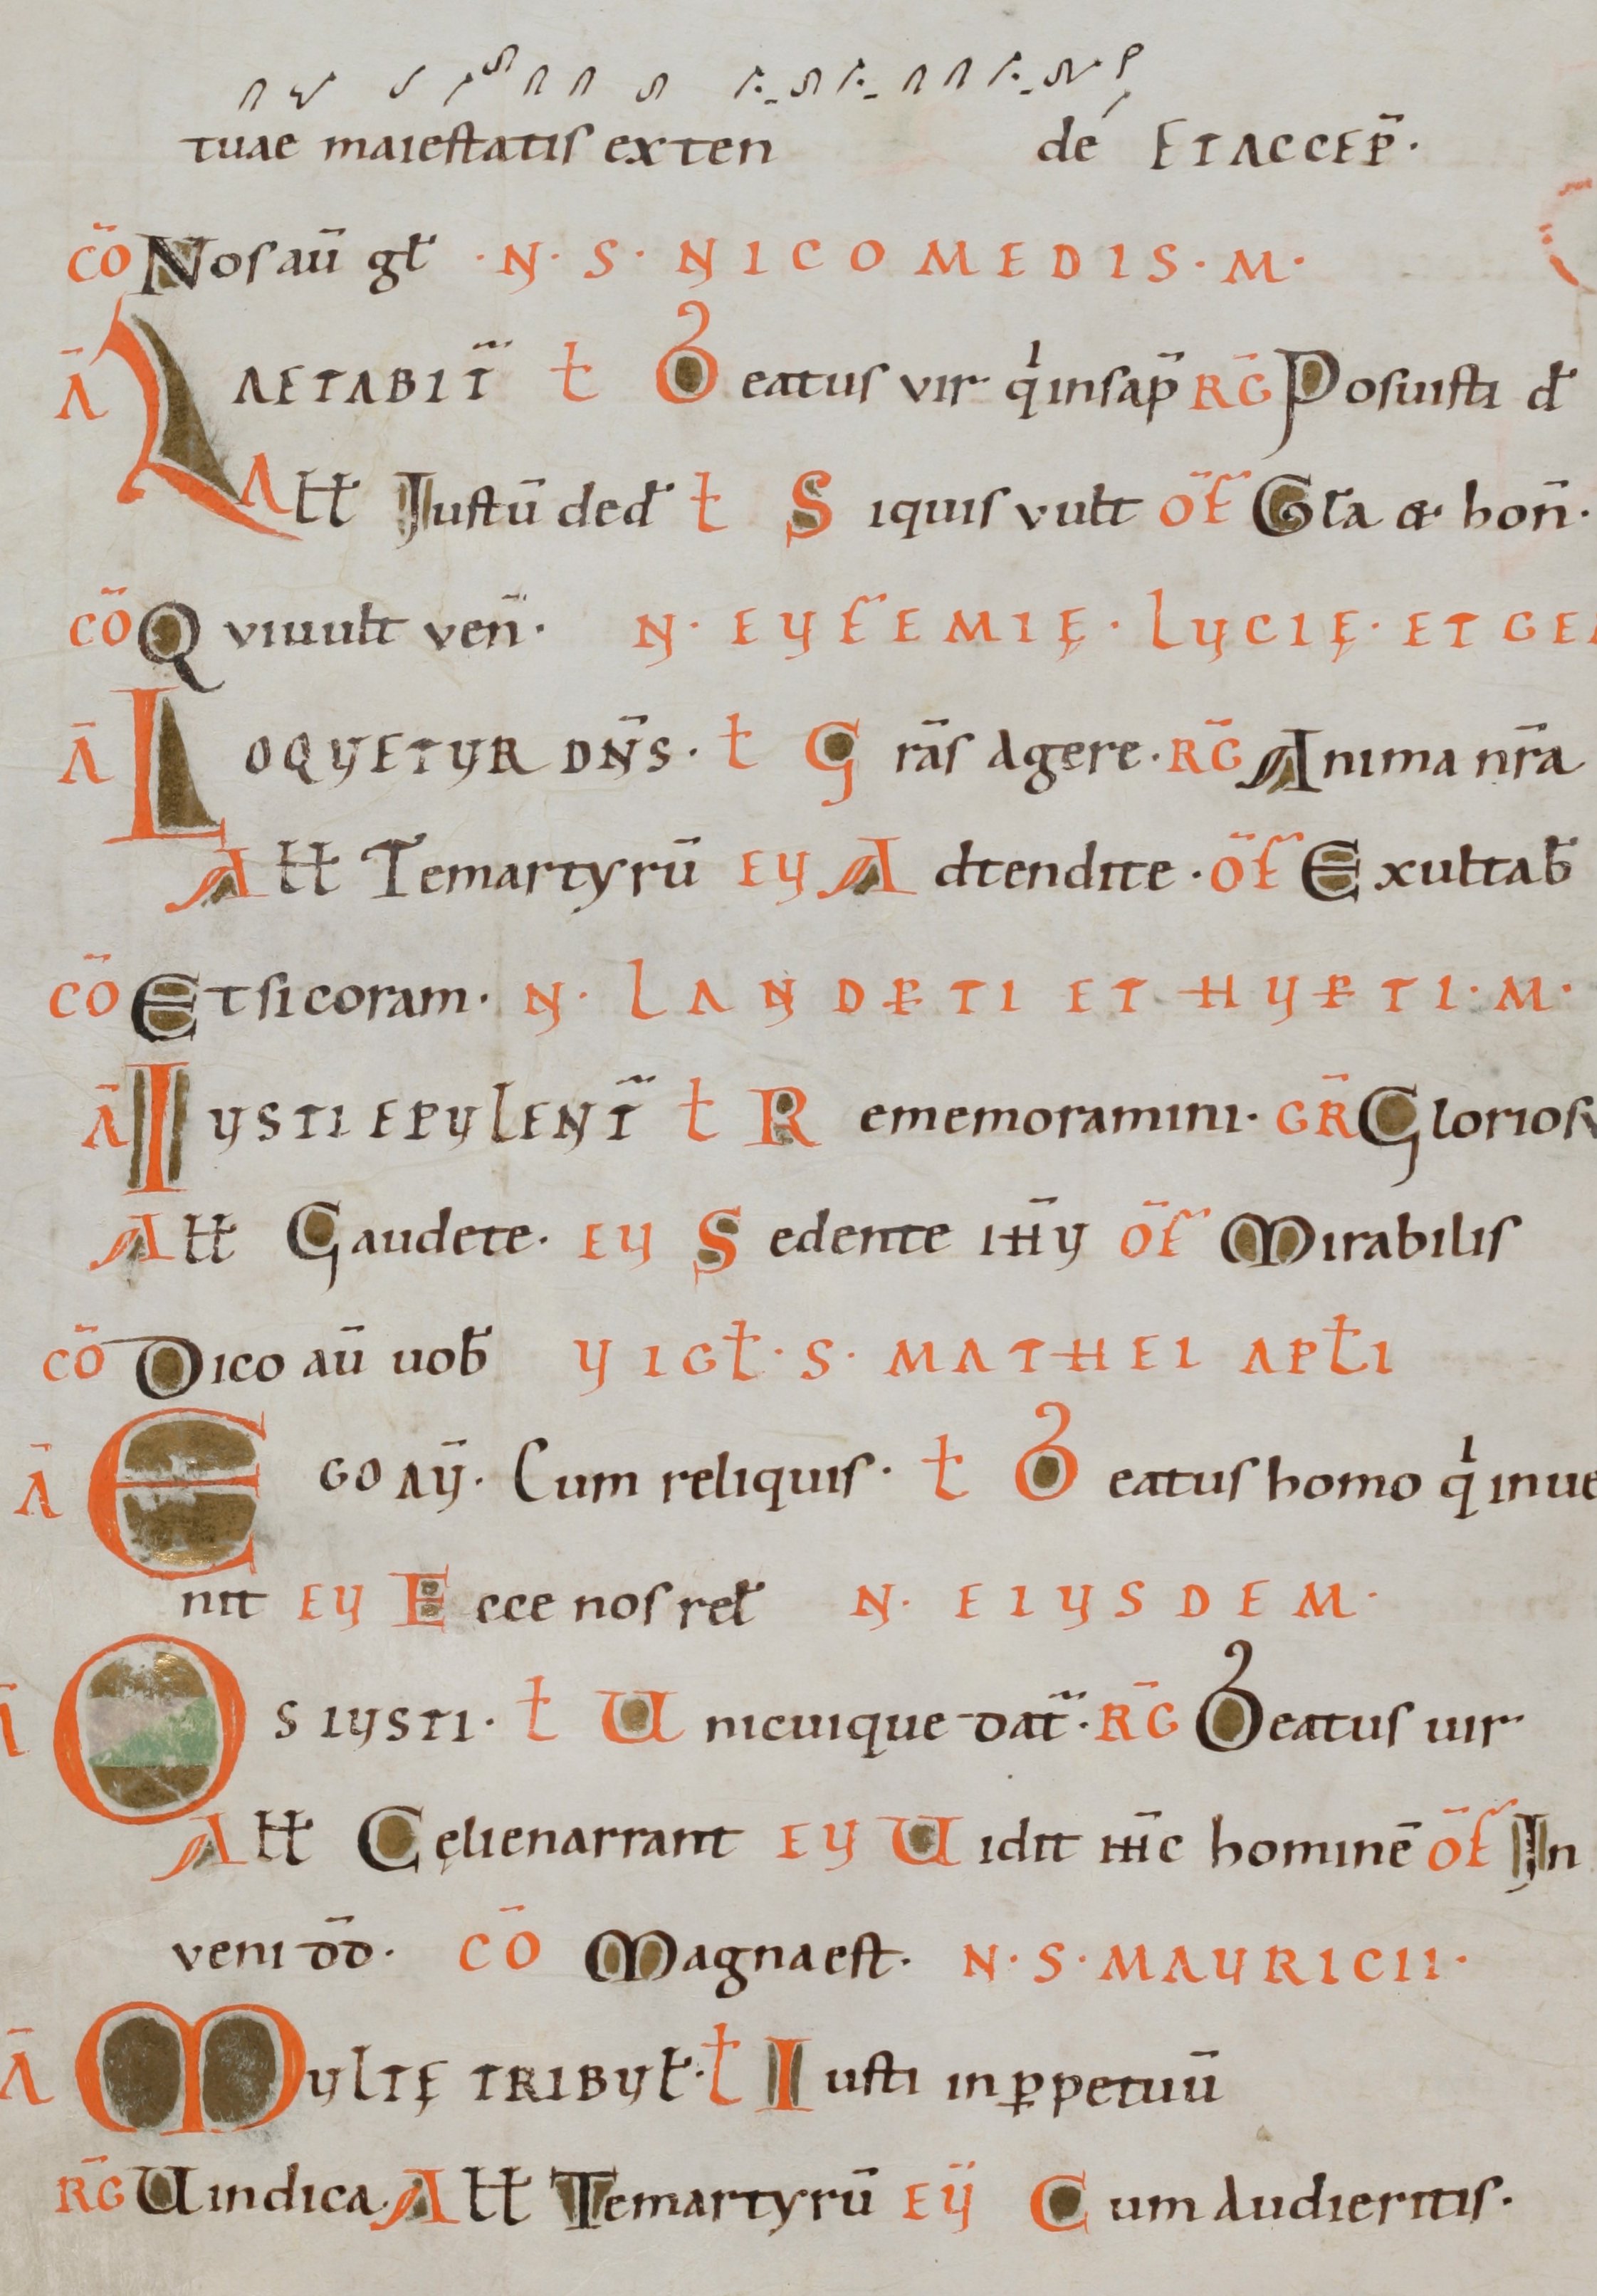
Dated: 1000–1099